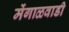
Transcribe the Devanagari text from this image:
मेंगाळवाडी